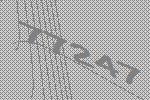
77247